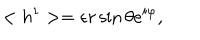
< h ^ { 1 } > = \epsilon r \sin \theta e ^ { i \varphi } ,